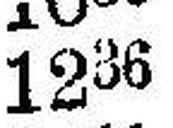
1236